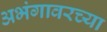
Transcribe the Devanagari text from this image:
अभंगावरच्या